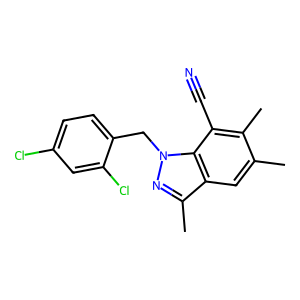
SMILES: Cc1cc2c(C)nn(Cc3ccc(Cl)cc3Cl)c2c(C#N)c1C
Inhibits HIV replication: No